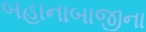
બહાનાબાજીના